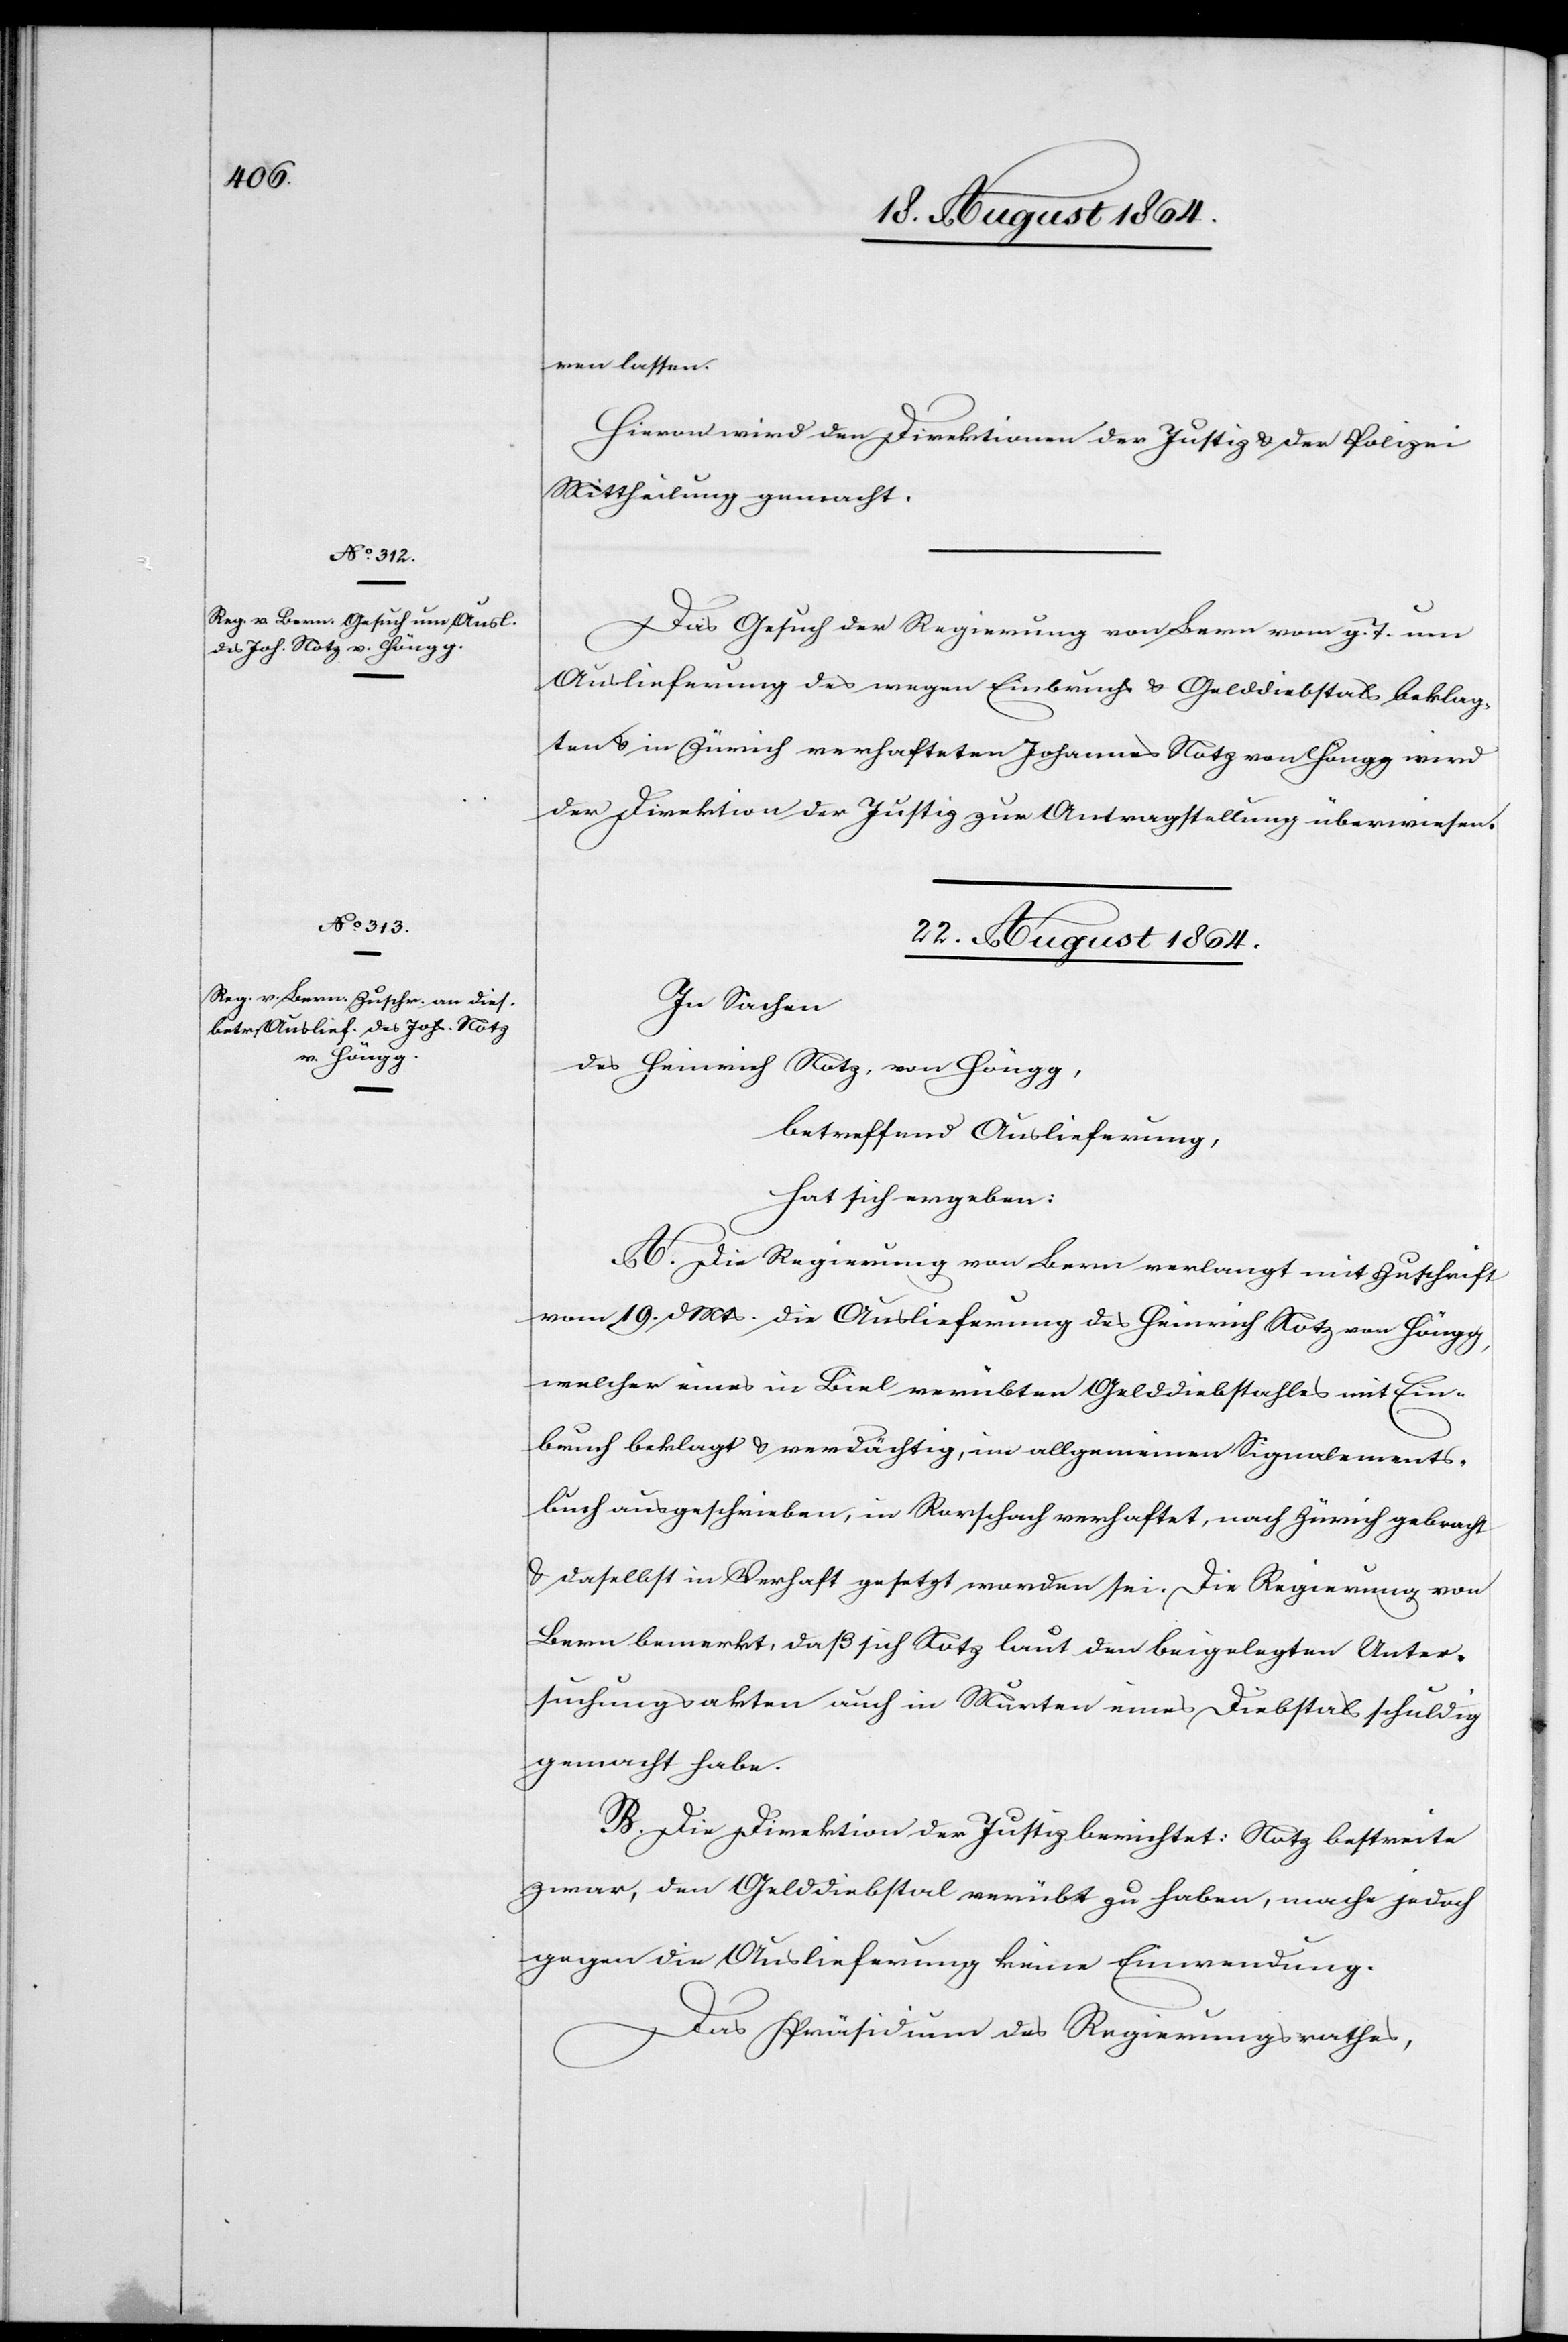
von Höngg,

ren lassen.
Hievon wir den Direktionen der Justiz & der Polizei
Mittheilung gemacht.
Das Gesuch der Regierung von Bern vom g. T. um
Auslieferung des wegen Einbruchs & Gelddiebstals beklag¬
ten & in Zürich verhafteten Johannes Notz von Höngg wird
der Direktion der Justiz zur Antragstellung überwiesen.
22. August 1864.
In Sachen
betreffend Auslieferung
hat sich ergeben:
A. Die Regierung von Bern verlangt mit Zuschrift
vom 19. d. Mts. die Auslieferung des Heinrich Notz von Höngg,
welcher eines in Biel verübten Gelddiebstahles mit Ein¬
bruch beklagt & verdächtig, im allgemeinen Signalements¬
buch ausgeschrieben, in Rorschach verhaftet, nach Zürich gebracht
& daselbst in Vorhaft gesetzt worden sei. Die Regierung von
Bern bemerkt, daß sich Notz laut den beigelegten Unter¬
suchungsakten auch in Murten eines Diebstahls schuldig
gemacht habe.
B. Die Direktion der Justiz berichtet: Notz bestreite
zwar, den Gelddiebstahl verübt zu haben, mache jedoch
gegen die Auslieferung keine Einwendung.
Das Präsidium des Regierungsrathes,